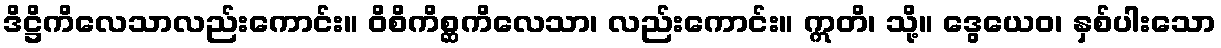
ဒိဋ္ဌိကိလေသာလည်းကောင်း။ ဝိစိကိစ္ဆကိလေသာ၊ လည်းကောင်း။ ဣတိ၊ သို့။ ဒွေယေဝ၊ နှစ်ပါးသော